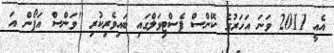
އެއީ 2011 ވަނަ އަހަރުގެ ކޭންސް ފެސްޓިވަލްގައި ބައިވެރިކުރި "ވަންސް އަޕޯން އަ